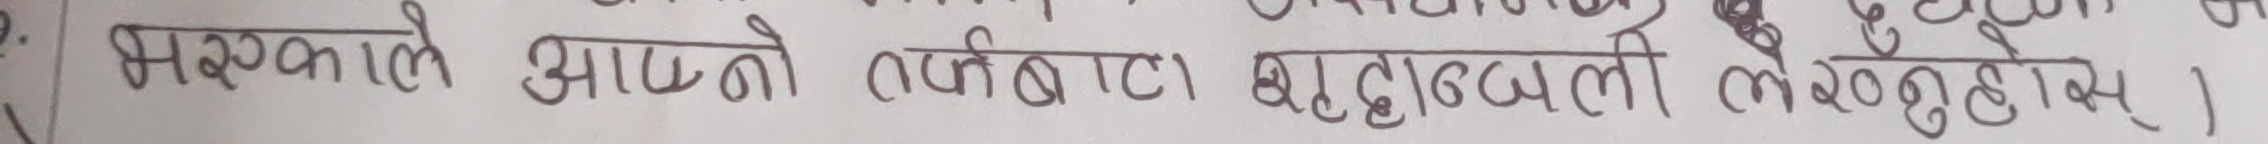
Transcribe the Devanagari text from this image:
भुरकाले आफ्नो तप्रीबाट (दाँदबल्ली लेखेकोछन्)